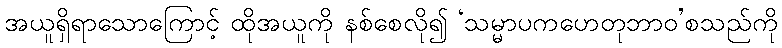
အယူရှိရာသောကြောင့် ထိုအယူကို နစ်စေလို၍ ‘သမ္မာပကဟေတုဘာဝ’စသည်ကို